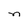
Character: n